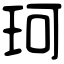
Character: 珂